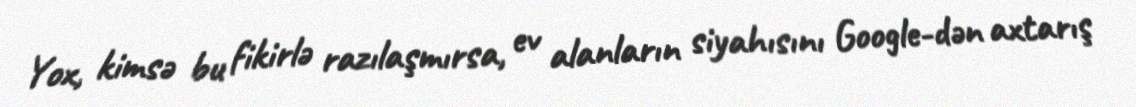
Yox, kimsə bu fikirlə razılaşmırsa, ev alanların siyahısını Google-dən axtarış